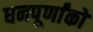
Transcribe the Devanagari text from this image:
धनपूर्णांकों